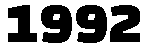
1992